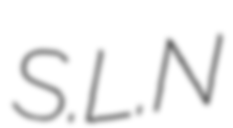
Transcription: S.L.N